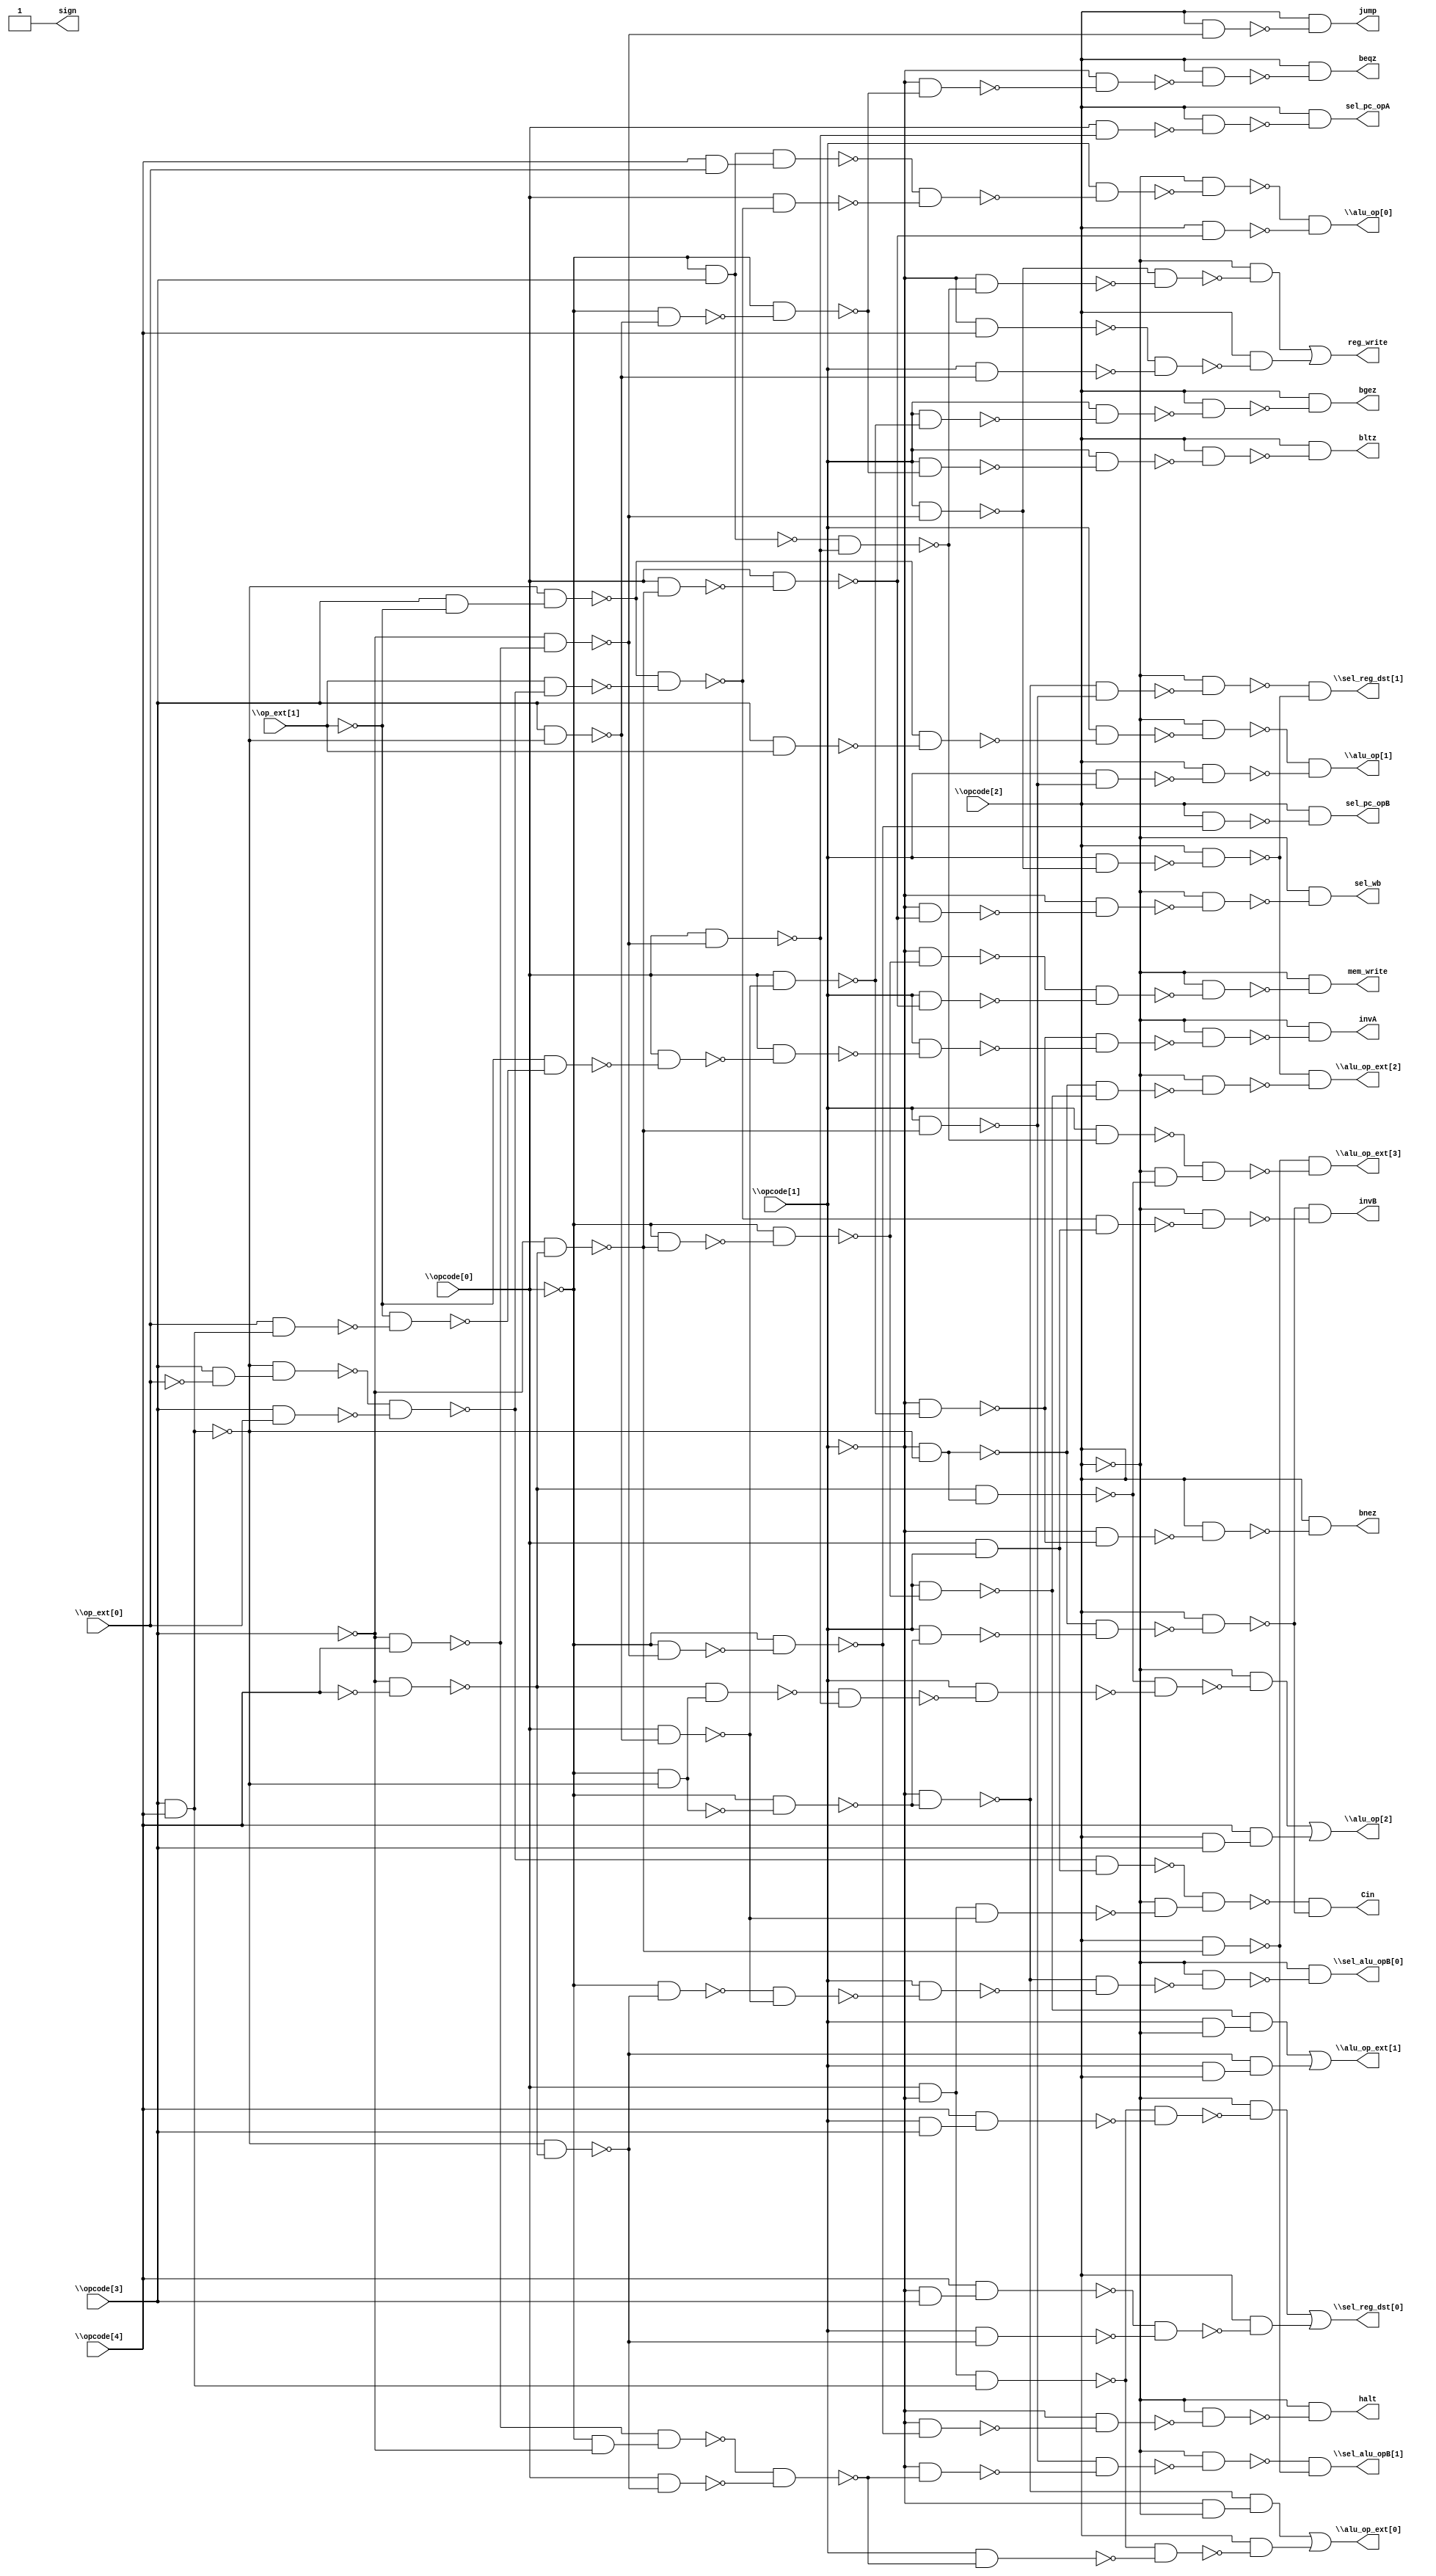
// Benchmark "top" written by ABC on Thu Oct  8 22:51:57 2020

module top ( 
    \opcode[0] , \opcode[1] , \opcode[2] , \opcode[3] , \opcode[4] ,
    \op_ext[0] , \op_ext[1] ,
    \sel_reg_dst[0] , \sel_reg_dst[1] , \sel_alu_opB[0] , \sel_alu_opB[1] ,
    \alu_op[0] , \alu_op[1] , \alu_op[2] , \alu_op_ext[0] ,
    \alu_op_ext[1] , \alu_op_ext[2] , \alu_op_ext[3] , halt, reg_write,
    sel_pc_opA, sel_pc_opB, beqz, bnez, bgez, bltz, jump, Cin, invA, invB,
    sign, mem_write, sel_wb  );
  input  \opcode[0] , \opcode[1] , \opcode[2] , \opcode[3] , \opcode[4] ,
    \op_ext[0] , \op_ext[1] ;
  output \sel_reg_dst[0] , \sel_reg_dst[1] , \sel_alu_opB[0] ,
    \sel_alu_opB[1] , \alu_op[0] , \alu_op[1] , \alu_op[2] ,
    \alu_op_ext[0] , \alu_op_ext[1] , \alu_op_ext[2] , \alu_op_ext[3] ,
    halt, reg_write, sel_pc_opA, sel_pc_opB, beqz, bnez, bgez, bltz, jump,
    Cin, invA, invB, sign, mem_write, sel_wb;
  wire new_n35_, new_n36_, new_n37_, new_n38_, new_n39_, new_n40_, new_n41_,
    new_n42_, new_n43_, new_n44_, new_n45_, new_n46_, new_n47_, new_n48_,
    new_n50_, new_n51_, new_n52_, new_n53_, new_n54_, new_n55_, new_n56_,
    new_n57_, new_n58_, new_n59_, new_n60_, new_n61_, new_n63_, new_n64_,
    new_n65_, new_n66_, new_n67_, new_n68_, new_n69_, new_n71_, new_n72_,
    new_n73_, new_n74_, new_n75_, new_n76_, new_n77_, new_n78_, new_n80_,
    new_n81_, new_n82_, new_n83_, new_n84_, new_n85_, new_n86_, new_n87_,
    new_n88_, new_n89_, new_n90_, new_n91_, new_n92_, new_n93_, new_n94_,
    new_n95_, new_n96_, new_n97_, new_n99_, new_n100_, new_n101_,
    new_n102_, new_n103_, new_n104_, new_n106_, new_n107_, new_n108_,
    new_n109_, new_n110_, new_n111_, new_n112_, new_n113_, new_n114_,
    new_n115_, new_n117_, new_n118_, new_n119_, new_n120_, new_n121_,
    new_n123_, new_n124_, new_n125_, new_n126_, new_n127_, new_n128_,
    new_n129_, new_n131_, new_n132_, new_n134_, new_n135_, new_n136_,
    new_n137_, new_n139_, new_n140_, new_n141_, new_n142_, new_n143_,
    new_n145_, new_n146_, new_n147_, new_n148_, new_n149_, new_n150_,
    new_n151_, new_n153_, new_n154_, new_n156_, new_n158_, new_n159_,
    new_n160_, new_n161_, new_n162_, new_n164_, new_n165_, new_n166_,
    new_n167_, new_n169_, new_n170_, new_n171_, new_n173_, new_n174_,
    new_n175_, new_n177_, new_n179_, new_n180_, new_n181_, new_n182_,
    new_n183_, new_n184_, new_n185_, new_n186_, new_n188_, new_n189_,
    new_n190_, new_n191_, new_n192_, new_n193_, new_n194_, new_n195_,
    new_n197_, new_n198_, new_n200_, new_n201_, new_n202_, new_n203_,
    new_n205_, new_n206_, new_n207_;
  assign new_n35_ = \opcode[0]  & ~\opcode[1] ;
  assign new_n36_ = \opcode[3]  & \opcode[4] ;
  assign new_n37_ = new_n35_ & new_n36_;
  assign new_n38_ = \opcode[1]  & \opcode[3] ;
  assign new_n39_ = \opcode[4]  & new_n38_;
  assign new_n40_ = ~new_n37_ & ~new_n39_;
  assign new_n41_ = ~\opcode[2]  & ~new_n40_;
  assign new_n42_ = ~\opcode[1]  & \opcode[3] ;
  assign new_n43_ = \opcode[4]  & new_n42_;
  assign new_n44_ = ~\opcode[3]  & ~\opcode[4] ;
  assign new_n45_ = ~new_n36_ & ~new_n44_;
  assign new_n46_ = \opcode[1]  & ~new_n45_;
  assign new_n47_ = ~new_n43_ & ~new_n46_;
  assign new_n48_ = \opcode[2]  & ~new_n47_;
  assign \sel_reg_dst[0]  = new_n41_ | new_n48_;
  assign new_n50_ = ~\opcode[0]  & ~new_n36_;
  assign new_n51_ = ~\opcode[0]  & ~new_n50_;
  assign new_n52_ = ~\opcode[1]  & ~new_n51_;
  assign new_n53_ = ~\opcode[3]  & ~new_n44_;
  assign new_n54_ = \opcode[1]  & ~new_n53_;
  assign new_n55_ = ~new_n52_ & ~new_n54_;
  assign new_n56_ = ~\opcode[2]  & ~new_n55_;
  assign new_n57_ = ~\opcode[3]  & \opcode[4] ;
  assign new_n58_ = ~\opcode[3]  & ~new_n57_;
  assign new_n59_ = \opcode[1]  & ~new_n58_;
  assign new_n60_ = \opcode[1]  & ~new_n59_;
  assign new_n61_ = \opcode[2]  & ~new_n60_;
  assign \sel_reg_dst[1]  = ~new_n56_ & ~new_n61_;
  assign new_n63_ = ~\opcode[0]  & ~new_n45_;
  assign new_n64_ = \opcode[3]  & ~new_n36_;
  assign new_n65_ = \opcode[0]  & ~new_n64_;
  assign new_n66_ = ~new_n63_ & ~new_n65_;
  assign new_n67_ = \opcode[1]  & ~new_n66_;
  assign new_n68_ = ~new_n52_ & ~new_n67_;
  assign new_n69_ = ~\opcode[2]  & ~new_n68_;
  assign \sel_alu_opB[0]  = ~\opcode[2]  & ~new_n69_;
  assign new_n71_ = ~\opcode[0]  & ~\opcode[3] ;
  assign new_n72_ = ~new_n57_ & new_n71_;
  assign new_n73_ = \opcode[0]  & ~new_n45_;
  assign new_n74_ = ~new_n72_ & ~new_n73_;
  assign new_n75_ = ~\opcode[1]  & ~new_n74_;
  assign new_n76_ = ~new_n54_ & ~new_n75_;
  assign new_n77_ = ~\opcode[2]  & ~new_n76_;
  assign new_n78_ = \opcode[2]  & ~new_n53_;
  assign \sel_alu_opB[1]  = ~new_n77_ & ~new_n78_;
  assign new_n80_ = ~\opcode[0]  & \opcode[3] ;
  assign new_n81_ = \opcode[4]  & \op_ext[0] ;
  assign new_n82_ = new_n80_ & new_n81_;
  assign new_n83_ = \opcode[3]  & ~\op_ext[1] ;
  assign new_n84_ = ~new_n36_ & new_n83_;
  assign new_n85_ = \opcode[3]  & ~\op_ext[0] ;
  assign new_n86_ = ~new_n36_ & new_n85_;
  assign new_n87_ = \opcode[3]  & \op_ext[0] ;
  assign new_n88_ = ~new_n86_ & ~new_n87_;
  assign new_n89_ = \op_ext[1]  & ~new_n88_;
  assign new_n90_ = ~new_n84_ & ~new_n89_;
  assign new_n91_ = \opcode[0]  & ~new_n90_;
  assign new_n92_ = ~new_n82_ & ~new_n91_;
  assign new_n93_ = \opcode[1]  & ~new_n92_;
  assign new_n94_ = ~\opcode[2]  & ~new_n93_;
  assign new_n95_ = \opcode[0]  & ~new_n53_;
  assign new_n96_ = \opcode[0]  & ~new_n95_;
  assign new_n97_ = \opcode[2]  & ~new_n96_;
  assign \alu_op[0]  = ~new_n94_ & ~new_n97_;
  assign new_n99_ = \opcode[3]  & \op_ext[1] ;
  assign new_n100_ = ~new_n84_ & ~new_n99_;
  assign new_n101_ = \opcode[1]  & ~new_n100_;
  assign new_n102_ = ~\opcode[2]  & ~new_n101_;
  assign new_n103_ = \opcode[1]  & ~new_n54_;
  assign new_n104_ = \opcode[2]  & ~new_n103_;
  assign \alu_op[1]  = ~new_n102_ & ~new_n104_;
  assign new_n106_ = ~\opcode[1]  & ~new_n36_;
  assign new_n107_ = ~new_n44_ & new_n106_;
  assign new_n108_ = ~new_n44_ & new_n50_;
  assign new_n109_ = \opcode[0]  & ~new_n58_;
  assign new_n110_ = ~new_n108_ & ~new_n109_;
  assign new_n111_ = \opcode[1]  & ~new_n110_;
  assign new_n112_ = ~new_n107_ & ~new_n111_;
  assign new_n113_ = ~\opcode[2]  & ~new_n112_;
  assign new_n114_ = \opcode[2]  & \opcode[3] ;
  assign new_n115_ = \opcode[4]  & new_n114_;
  assign \alu_op[2]  = new_n113_ | new_n115_;
  assign new_n117_ = ~\opcode[1]  & ~\opcode[2] ;
  assign new_n118_ = ~new_n52_ & new_n117_;
  assign new_n119_ = \opcode[1]  & ~new_n74_;
  assign new_n120_ = ~new_n37_ & ~new_n119_;
  assign new_n121_ = \opcode[2]  & ~new_n120_;
  assign \alu_op_ext[0]  = new_n118_ | new_n121_;
  assign new_n123_ = ~\opcode[0]  & ~new_n53_;
  assign new_n124_ = ~\opcode[0]  & ~new_n123_;
  assign new_n125_ = \opcode[1]  & ~new_n124_;
  assign new_n126_ = \opcode[1]  & ~\opcode[2] ;
  assign new_n127_ = ~new_n125_ & new_n126_;
  assign new_n128_ = \opcode[1]  & \opcode[2] ;
  assign new_n129_ = ~new_n45_ & new_n128_;
  assign \alu_op_ext[1]  = new_n127_ | new_n129_;
  assign new_n131_ = ~new_n106_ & ~new_n125_;
  assign new_n132_ = ~\opcode[2]  & ~new_n131_;
  assign \alu_op_ext[2]  = ~new_n61_ & ~new_n132_;
  assign new_n134_ = ~new_n80_ & ~new_n109_;
  assign new_n135_ = \opcode[1]  & ~new_n134_;
  assign new_n136_ = ~\opcode[2]  & ~new_n107_;
  assign new_n137_ = ~new_n135_ & new_n136_;
  assign \alu_op_ext[3]  = ~new_n78_ & ~new_n137_;
  assign new_n139_ = ~\opcode[0]  & ~new_n58_;
  assign new_n140_ = ~\opcode[0]  & ~new_n139_;
  assign new_n141_ = ~\opcode[1]  & ~new_n140_;
  assign new_n142_ = ~\opcode[1]  & ~new_n141_;
  assign new_n143_ = ~\opcode[2]  & ~new_n142_;
  assign halt = ~\opcode[2]  & ~new_n143_;
  assign new_n145_ = ~\opcode[1]  & ~new_n134_;
  assign new_n146_ = ~new_n59_ & ~new_n145_;
  assign new_n147_ = ~\opcode[2]  & ~new_n146_;
  assign new_n148_ = ~\opcode[1]  & \opcode[4] ;
  assign new_n149_ = \opcode[1]  & ~new_n64_;
  assign new_n150_ = ~new_n148_ & ~new_n149_;
  assign new_n151_ = \opcode[2]  & ~new_n150_;
  assign reg_write = new_n147_ | new_n151_;
  assign new_n153_ = \opcode[0]  & ~new_n109_;
  assign new_n154_ = \opcode[2]  & ~new_n153_;
  assign sel_pc_opA = \opcode[2]  & ~new_n154_;
  assign new_n156_ = \opcode[2]  & ~new_n140_;
  assign sel_pc_opB = \opcode[2]  & ~new_n156_;
  assign new_n158_ = ~\opcode[0]  & ~new_n64_;
  assign new_n159_ = ~\opcode[0]  & ~new_n158_;
  assign new_n160_ = ~\opcode[1]  & ~new_n159_;
  assign new_n161_ = ~\opcode[1]  & ~new_n160_;
  assign new_n162_ = \opcode[2]  & ~new_n161_;
  assign beqz = \opcode[2]  & ~new_n162_;
  assign new_n164_ = \opcode[0]  & ~new_n65_;
  assign new_n165_ = ~\opcode[1]  & ~new_n164_;
  assign new_n166_ = ~\opcode[1]  & ~new_n165_;
  assign new_n167_ = \opcode[2]  & ~new_n166_;
  assign bnez = \opcode[2]  & ~new_n167_;
  assign new_n169_ = \opcode[1]  & ~new_n164_;
  assign new_n170_ = \opcode[1]  & ~new_n169_;
  assign new_n171_ = \opcode[2]  & ~new_n170_;
  assign bgez = \opcode[2]  & ~new_n171_;
  assign new_n173_ = \opcode[1]  & ~new_n159_;
  assign new_n174_ = \opcode[1]  & ~new_n173_;
  assign new_n175_ = \opcode[2]  & ~new_n174_;
  assign bltz = \opcode[2]  & ~new_n175_;
  assign new_n177_ = \opcode[2]  & ~new_n58_;
  assign jump = \opcode[2]  & ~new_n177_;
  assign new_n179_ = \opcode[0]  & \opcode[1] ;
  assign new_n180_ = ~new_n88_ & new_n179_;
  assign new_n181_ = new_n35_ & ~new_n65_;
  assign new_n182_ = ~\opcode[2]  & ~new_n181_;
  assign new_n183_ = ~new_n180_ & new_n182_;
  assign new_n184_ = \opcode[1]  & ~new_n51_;
  assign new_n185_ = ~new_n106_ & ~new_n184_;
  assign new_n186_ = \opcode[2]  & ~new_n185_;
  assign Cin = ~new_n183_ & ~new_n186_;
  assign new_n188_ = \op_ext[0]  & new_n36_;
  assign new_n189_ = ~\op_ext[1]  & ~new_n188_;
  assign new_n190_ = ~\op_ext[1]  & ~new_n189_;
  assign new_n191_ = \opcode[0]  & ~new_n190_;
  assign new_n192_ = \opcode[0]  & ~new_n191_;
  assign new_n193_ = \opcode[1]  & ~new_n192_;
  assign new_n194_ = ~new_n165_ & ~new_n193_;
  assign new_n195_ = ~\opcode[2]  & ~new_n194_;
  assign invA = ~\opcode[2]  & ~new_n195_;
  assign new_n197_ = ~new_n90_ & new_n179_;
  assign new_n198_ = ~\opcode[2]  & ~new_n197_;
  assign invB = ~new_n186_ & ~new_n198_;
  assign new_n200_ = ~\opcode[1]  & ~new_n124_;
  assign new_n201_ = \opcode[1]  & ~new_n96_;
  assign new_n202_ = ~new_n200_ & ~new_n201_;
  assign new_n203_ = ~\opcode[2]  & ~new_n202_;
  assign mem_write = ~\opcode[2]  & ~new_n203_;
  assign new_n205_ = ~\opcode[1]  & ~new_n96_;
  assign new_n206_ = ~\opcode[1]  & ~new_n205_;
  assign new_n207_ = ~\opcode[2]  & ~new_n206_;
  assign sel_wb = ~\opcode[2]  & ~new_n207_;
  assign sign = 1'b1;
endmodule